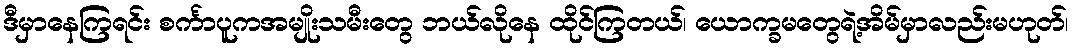
ဒီမှာနေကြရင်း စင်္ကာပူကအမျိုးသမီးတွေ ဘယ်လိုနေ ထိုင်ကြတယ်၊ ယောက္ခမတွေရဲ့အိမ်မှာလည်းမဟုတ်၊